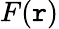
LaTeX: F(\mathtt{r})